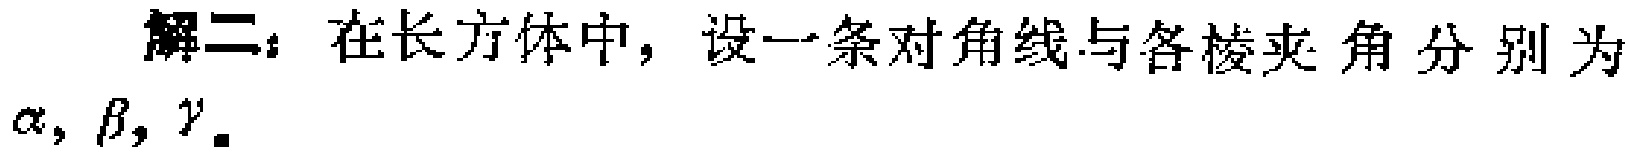
解二：在长方体中，设一条对角线与各棱夹角分别为$\alpha,\beta,\gamma$.